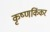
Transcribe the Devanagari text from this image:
कृष्णकिंकर